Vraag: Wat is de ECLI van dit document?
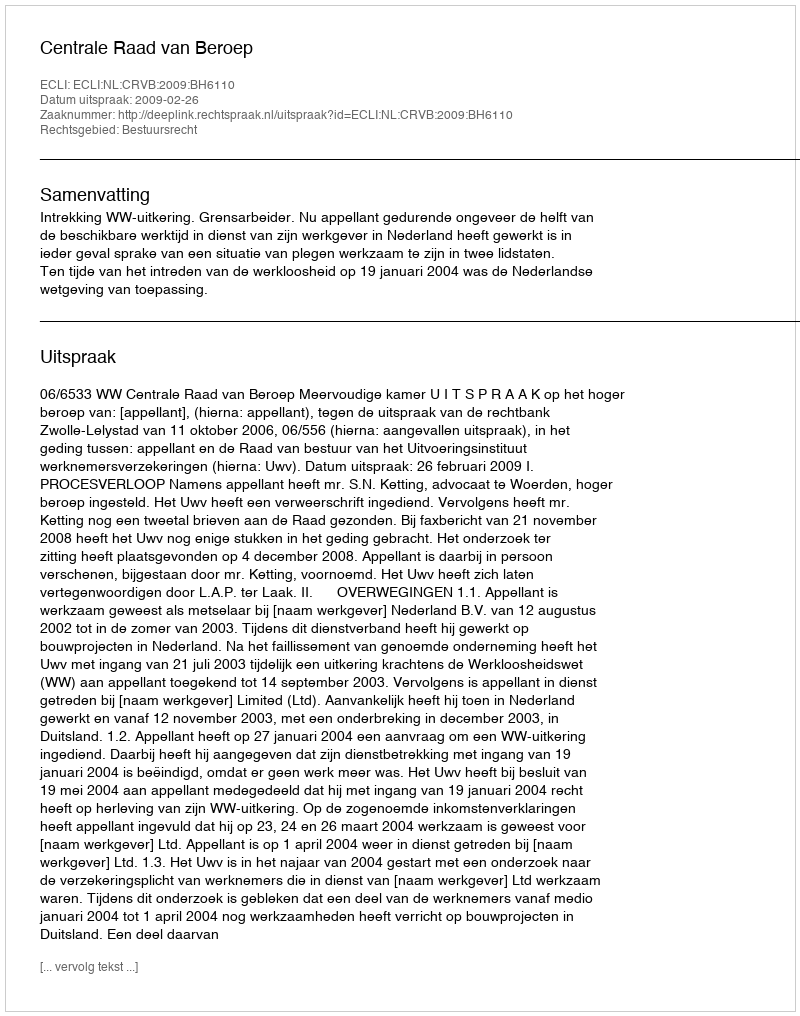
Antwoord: ECLI:NL:CRVB:2009:BH6110